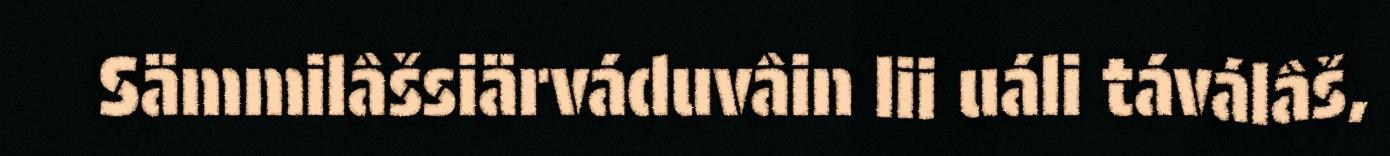
Sämmilâšsiärváduvâin lii uáli táválâš,